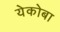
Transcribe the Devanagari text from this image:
येकोबा